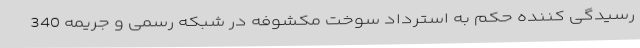
رسیدگی کننده حکم به استرداد سوخت مکشوفه در شبکه رسمی و جریمه 340